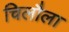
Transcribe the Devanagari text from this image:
चिलौला